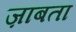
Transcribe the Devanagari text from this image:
ज़ाबता